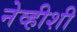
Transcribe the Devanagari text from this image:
नेव्हीशी